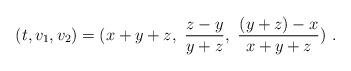
LaTeX: \begin{align*}(t,v_1,v_2)=(x+y+z,\ \frac{z-y}{y+z},\ \frac{(y+z)-x}{x+y+z})\ .\end{align*}